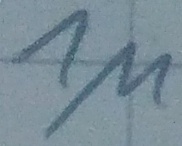
Text: 1µ